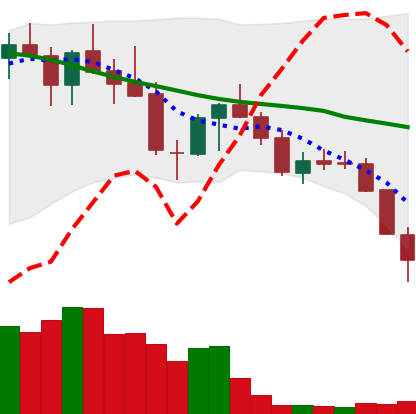
Ticker: LINK-USD
Chart end date: 2018-05-23
Forward return: -9.418%
Label: down_7plus